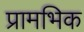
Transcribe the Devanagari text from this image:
प्रामभिक